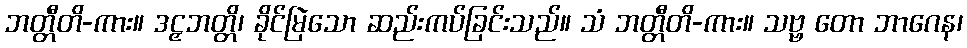
ဘတ္တီတိ-ကား။ ဒဠှဘတ္တိ၊ ခိုင်မြဲသော ဆည်းကပ်ခြင်းသည်။ သံ ဘတ္တီတိ-ကား။ သဗ္ဗ တော ဘာဂေန၊